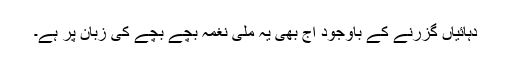
دہائیاں گزرنے کے باوجود آج بھی یہ ملی نغمہ بچے بچے کی زبان پر ہے۔